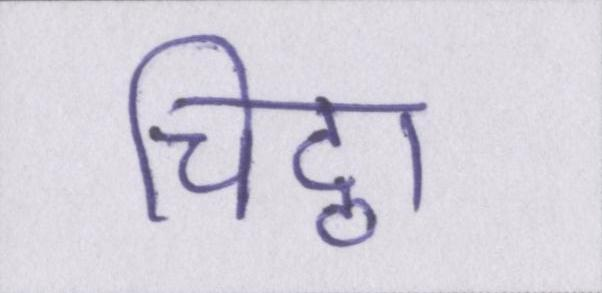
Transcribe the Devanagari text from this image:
चिट्ठा